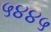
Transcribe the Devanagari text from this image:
५४४५